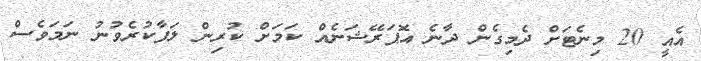
އެއީ 20 މިނެޓަށް ދެމިގެން ދާނެ އޮޕަރޭޝަނެއް ކަމަށް ކުރިން ލަފާކުރެވުނު ނަމަވެސް